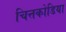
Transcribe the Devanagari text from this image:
चित्तकोडिया